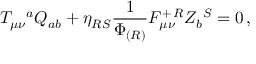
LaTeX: T _ { \mu \nu } { } ^ { a } Q _ { a b } + \eta _ { R S } { \frac { 1 } { \Phi _ { ( R ) } } } F _ { \mu \nu } ^ { + \, R } Z _ { b } { } ^ { S } = 0 \, ,